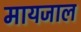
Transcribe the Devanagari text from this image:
मायजाल